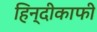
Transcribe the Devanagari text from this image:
हिन्दीकाफी